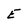
Character: E